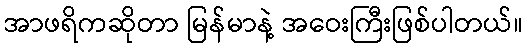
အာဖရိကဆိုတာ မြန်မာနဲ့ အဝေးကြီးဖြစ်ပါတယ်။